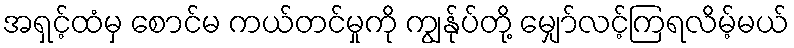
အရှင့်ထံမှ စောင်မ ကယ်တင်မှုကို ကျွန်ုပ်တို့ မျှော်လင့်ကြရလိမ့်မယ်